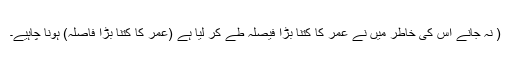
( نہ جانے اس کی خاطر میں نے عمر کا کتنا بڑا فیصلہ طے کر لیا ہے (عمر کا کتنا بڑا فاٖصلہ) ہونا چاہیے۔